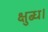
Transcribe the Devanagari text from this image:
क्षुब्ध।